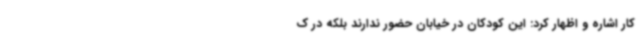
کار اشاره و اظهار کرد: این کودکان در خیابان حضور ندارند بلکه در ک